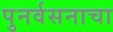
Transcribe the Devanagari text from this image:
पुनर्वसनाचा